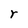
Character: r